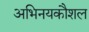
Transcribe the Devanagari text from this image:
अभिनयकौशल